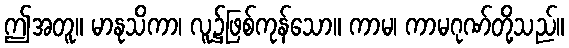
ဤအတူ။ မာနုသိကာ၊ လူ၌ဖြစ်ကုန်သော။ ကာမ၊ ကာမဂုဏ်တို့သည်။